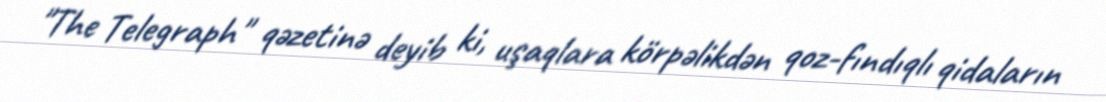
"The Telegraph" qəzetinə deyib ki, uşaqlara körpəlikdən qoz-fındıqlı qidaların